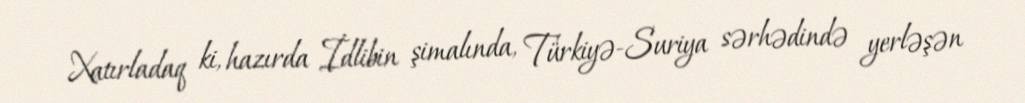
Xatırladaq ki, hazırda İdlibin şimalında, Türkiyə-Suriya sərhədində yerləşən